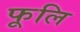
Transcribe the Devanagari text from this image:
फूलि